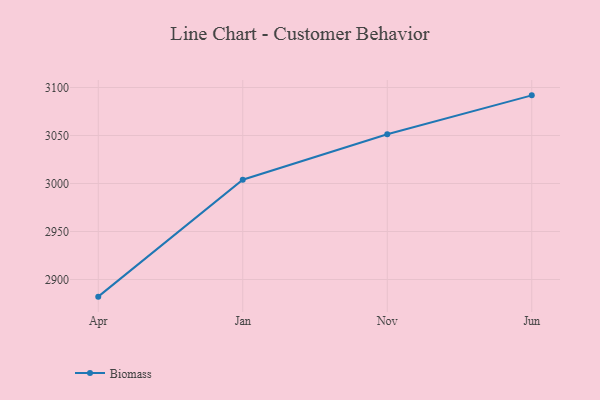
{"axis": {"x": "Month", "y": "Gross Profit (USD K)"}, "legend": ["Biomass"], "data": [{"x": "Apr", "y": 2882.1, "type": "Biomass"}, {"x": "Jan", "y": 3003.9, "type": "Biomass"}, {"x": "Nov", "y": 3051.3, "type": "Biomass"}, {"x": "Jun", "y": 3091.8, "type": "Biomass"}]}